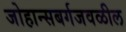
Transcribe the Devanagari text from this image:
जोहान्सबर्गजवळील